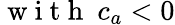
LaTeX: \mathrm{~w~i~t~h~}\ c_{a}<0